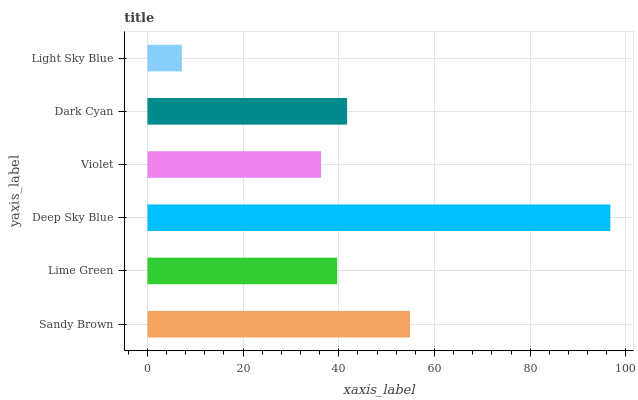
| yaxis_label | bars |
 | --- | --- |
 | Sandy Brown | 54.9 |
 | Lime Green | 39.7 |
 | Deep Sky Blue | 96.7 |
 | Violet | 36.3 |
 | Dark Cyan | 41.7 |
 | Light Sky Blue | 7.18 |